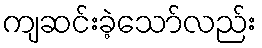
ကျဆင်းခဲ့သော်လည်း